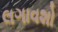
લગાવશો